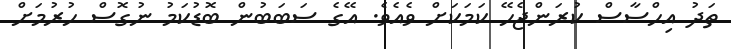
ތަދު އިހްސާސް ކުރަންޖެހޭ ކަމަކަށް ވެއެވެ. އޭގެ ސަބަބުން ބޮޑުކަމު ނުގޮސް ހުރުމަށް